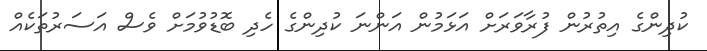
ކުދިންގެ އިތުރުން ފުރާވަރަށް އަޅަމުން އަންނަ ކުދިންގެ ހެދި ބޮޑުވުމަށް ވެސް އަސަރުތަކެއް